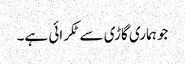
جو ہماری گاڑی سے ٹکرائی ہے۔